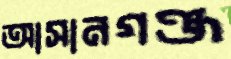
আসানগঞ্জ